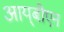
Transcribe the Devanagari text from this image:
आय्‌बीएन